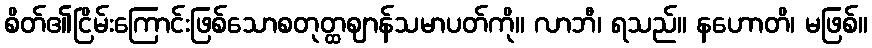
စိတ်၏ငြိမ်းကြောင်းဖြစ်သောစတုတ္ထဈာန်သမာပတ်ကို။ လာဘီ၊ ရသည်။ နဟောတိ၊ မဖြစ်။